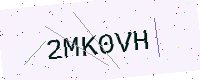
Text: 2MK0VH